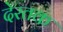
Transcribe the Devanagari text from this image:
देरतक